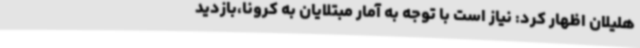
هلیلان اظهار کرد: نیاز است با توجه به آمار مبتلایان به کرونا،بازدید